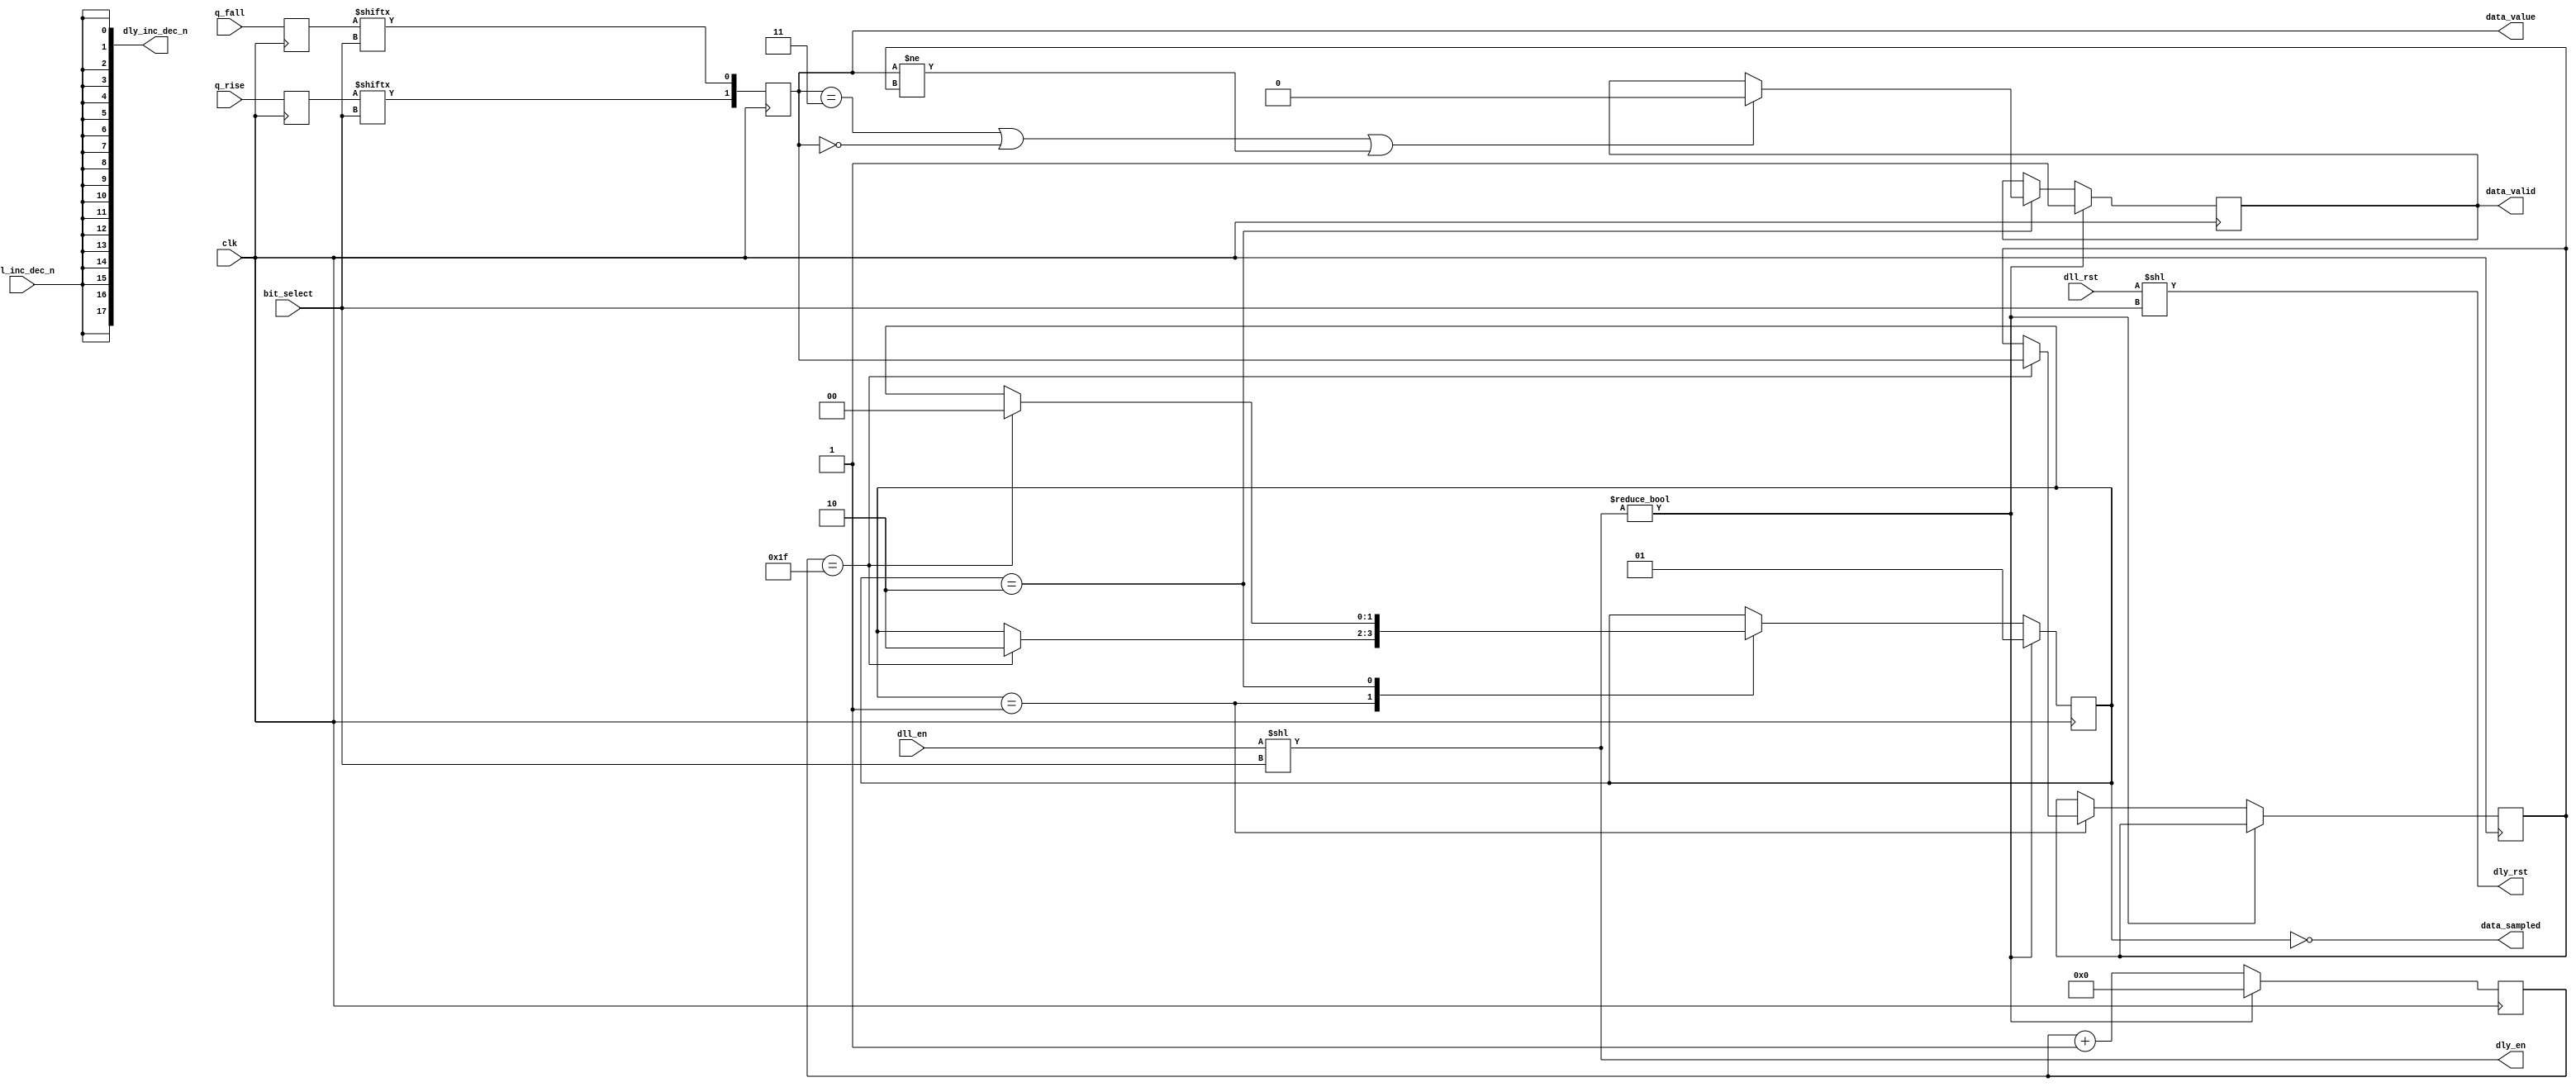
module qdrc_phy_train #(
    parameter DATA_WIDTH = 18
  ) (
    input                     clk,
    input  [DATA_WIDTH - 1:0] q_rise,
    input  [DATA_WIDTH - 1:0] q_fall,
    output [DATA_WIDTH - 1:0] dly_inc_dec_n,
    output [DATA_WIDTH - 1:0] dly_en,
    output [DATA_WIDTH - 1:0] dly_rst,

    input               [7:0] bit_select,
    input                     dll_en,
    input                     dll_inc_dec_n,
    input                     dll_rst,
    output              [1:0] data_value,
    output                    data_sampled,
    output                    data_valid        
  );

  /* TODO: these registers are probably not needed */
  reg [DATA_WIDTH - 1:0] q_rise_buf;
  reg [DATA_WIDTH - 1:0] q_fall_buf;

  always @(posedge clk) begin
    q_rise_buf <= q_rise;
    q_fall_buf <= q_fall;
  end

  wire qsel_rise = q_rise_buf[bit_select];
  wire qsel_fall = q_fall_buf[bit_select];

  reg [1:0] qsel;
  always @(posedge clk) begin
    qsel <= {qsel_rise, qsel_fall}; 
  end

  assign data_value = qsel;

  assign dly_rst       = {{DATA_WIDTH - 1{1'b0}}, dll_rst}<< bit_select;
  assign dly_inc_dec_n = {DATA_WIDTH{dll_inc_dec_n}};
  assign dly_en        = {{DATA_WIDTH - 1{1'b0}}, dll_en} << bit_select;

  reg [1:0] sample_status;
  localparam DONE   = 2'b00;
  localparam WAIT   = 2'b01;
  localparam SAMPLE = 2'b10;

  reg [4:0] sample_index;
  reg [1:0] data_latched;
  reg       data_valid_reg;

  always @(posedge clk) begin
    if (dly_en) begin
      sample_index <= 5'b0;
    end else begin
      sample_index <= sample_index + 1;
    end

    if (dly_en) begin
      sample_status  <= WAIT;
      data_valid_reg <= 1'b1;
    end else begin
      case (sample_status)
        WAIT: begin
          if (sample_index == 31) begin
            sample_status <= SAMPLE;
            data_latched  <= data_value;
          end
        end
        SAMPLE: begin
          if (sample_index == 31) begin
            sample_status <= DONE;
          end
          if (data_value == 2'b11 || data_value == 2'b00 || data_value != data_latched) begin
            data_valid_reg <= 1'b0;
          end
        end
        DONE: begin
        end
      endcase
    end
  end
  assign data_valid   = data_valid_reg;
  assign data_sampled = sample_status == DONE;

endmodule